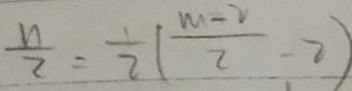
\frac { n } { 2 } = \frac { 1 } { 2 } ( \frac { m - 2 } { 2 } - 2 )